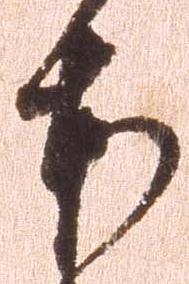
本